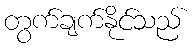
တွက်ချက်နိုင်သည်